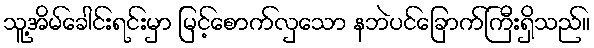
သူ့အိမ်ခေါင်းရင်းမှာ မြင့်စောက်လှသော နဘဲပင်ခြောက်ကြီးရှိသည်။